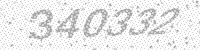
Solution: 340332